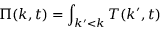
\Pi ( k , t ) = \int _ { k ^ { \prime } < k } T ( k ^ { \prime } , t )